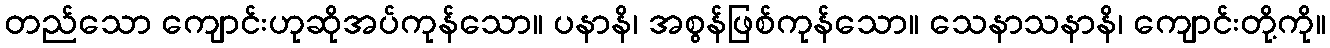
တည်သော ကျောင်းဟုဆိုအပ်ကုန်သော။ ပနာနိ၊ အစွန်ဖြစ်ကုန်သော။ သေနာသနာနိ၊ ကျောင်းတို့ကို။